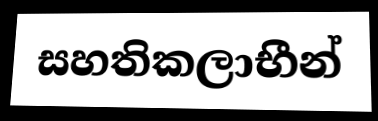
සහතිකලාභීන්